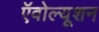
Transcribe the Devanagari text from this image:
ऍवोल्यूशन